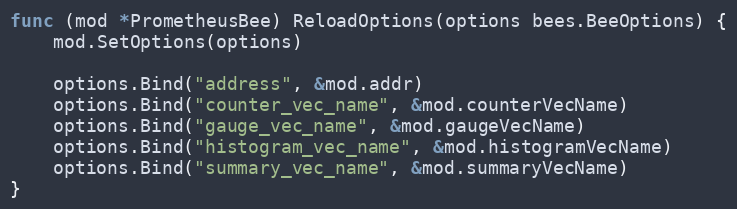
Language: Go
func (mod *PrometheusBee) ReloadOptions(options bees.BeeOptions) {
	mod.SetOptions(options)

	options.Bind("address", &mod.addr)
	options.Bind("counter_vec_name", &mod.counterVecName)
	options.Bind("gauge_vec_name", &mod.gaugeVecName)
	options.Bind("histogram_vec_name", &mod.histogramVecName)
	options.Bind("summary_vec_name", &mod.summaryVecName)
}